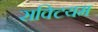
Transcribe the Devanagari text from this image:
सक्टियम